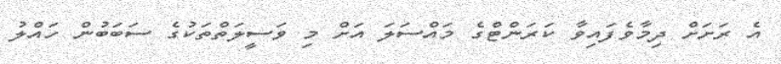
އެ ރަށަށް ދިމާވެފައިވާ ކަރަންޓްގެ މައްސަލަ އަށް މި ވަސީލަތްތަކުގެ ސަބަބުން ހައްލު